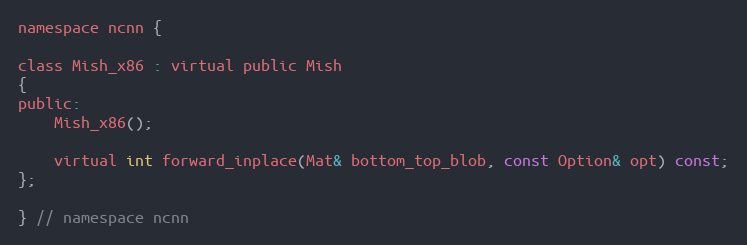
Language: C
namespace ncnn {

class Mish_x86 : virtual public Mish
{
public:
    Mish_x86();

    virtual int forward_inplace(Mat& bottom_top_blob, const Option& opt) const;
};

} // namespace ncnn